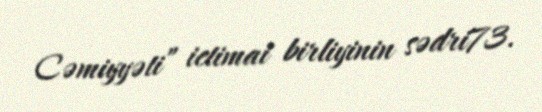
Cəmiyyəti” ictimai birliyinin sədri73.